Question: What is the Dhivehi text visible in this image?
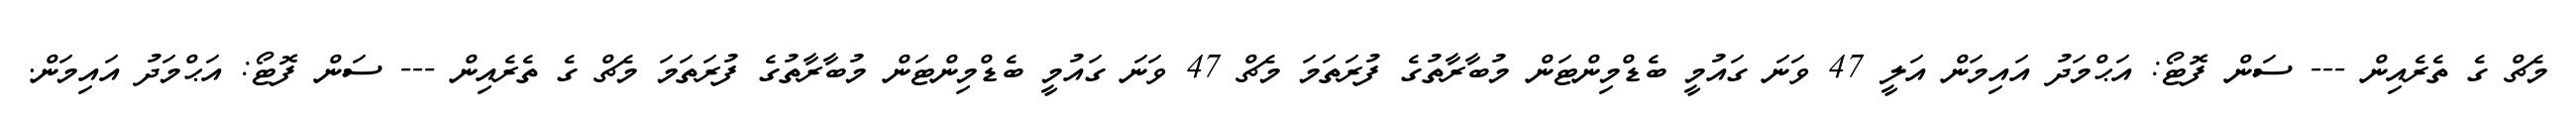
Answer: މެޗް ގެ ތެރެއިން --- ސަން ފޮޓޯ: އަޙްމަދު އައިމަން އަލީ 47 ވަނަ ގައުމީ ބެޑްމިންޓަން މުބާރާތުގެ ފުރަތަމަ މެޗް 47 ވަނަ ގައުމީ ބެޑްމިންޓަން މުބާރާތުގެ ފުރަތަމަ މެޗް ގެ ތެރެއިން --- ސަން ފޮޓޯ: އަޙްމަދު އައިމަން.